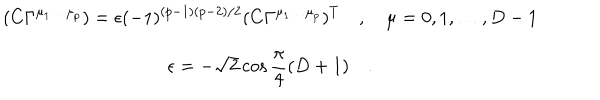
LaTeX: \begin{array} { c } { { \displaystyle ( C \Gamma ^ { \mu _ { 1 } \dots \mu _ { p } } ) = \epsilon ( - 1 ) ^ { ( p - 1 ) ( p - 2 ) / 2 } ( C \Gamma ^ { \mu _ { 1 } \dots \mu _ { p } } ) ^ { T } \quad , \quad \mu = 0 , 1 , \dots , D - 1 } } \\ { { \displaystyle \epsilon = - \sqrt { 2 } \cos { \frac { \pi } { 4 } } ( D + 1 ) \quad . } } \\ \end{array}